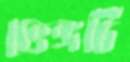
ভেঙ্গচি